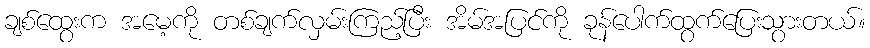
ချစ်ထွေးက အမေ့ကို တစ်ချက်လှမ်းကြည့်ပြီး အိမ်အပြင်ကို ခုန်ပေါက်ထွက်ပြေးသွားတယ်။